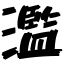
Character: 濫